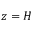
z = H